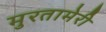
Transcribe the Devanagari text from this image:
मुरतामेरी